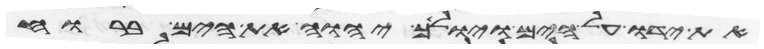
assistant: את ידו על הים ויולך יהוה את הים ברוח